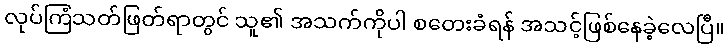
လုပ်ကြံသတ်ဖြတ်ရာတွင် သူ၏ အသက်ကိုပါ စတေးခံရန် အသင့်ဖြစ်နေခဲ့လေပြီ။